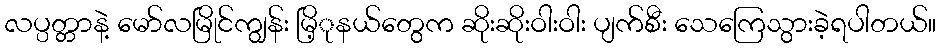
လပ္ပတ္တာနဲ့ မော်လမြိုင်ကျွန်း မြိ့ုနယ်တွေက ဆိုးဆိုးဝါးဝါး ပျက်စီး သေကြေသွားခဲ့ရပါတယ်။